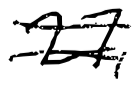
Text: 27,
Cross-out: double-line
Writing tool: digital_black